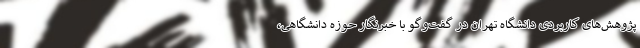
پژوهش‌های کاربردی دانشگاه تهران در گفت‌وگو با خبرنگار حوزه دانشگاهی،